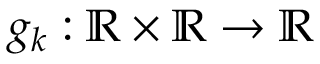
g _ { k } : \mathbb { R } \times \mathbb { R } \to \mathbb { R }